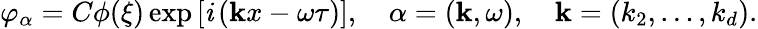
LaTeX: \varphi_{\alpha}=C\phi(\xi)\exp\left[\mathit{i}\left({\mathbf{k}x}-\omega\tau\right)\right],\quad\alpha=({\mathbf{k}},\omega),\quad{\mathbf{{k}}}=(k_{2},\ldots,k_{d}).